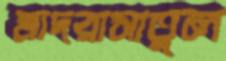
মাদরাসাতুল